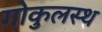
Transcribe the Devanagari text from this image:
गोकुलस्थ